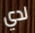
لدي